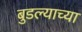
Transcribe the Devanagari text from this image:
बुडल्याच्या